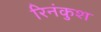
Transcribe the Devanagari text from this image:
रिनंकुश